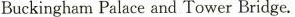
BuckinghamPalace and Tower Bridge.